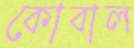
কোবাল